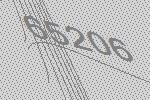
65206